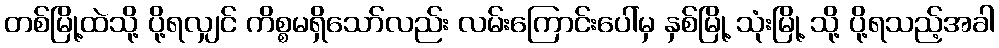
တစ်မြို့ထဲသို့ ပို့ရလျှင် ကိစ္စမရှိသော်လည်း လမ်းကြောင်းပေါ်မှ နှစ်မြို့ သုံးမြို့ သို့ ပို့ရသည့်အခါ